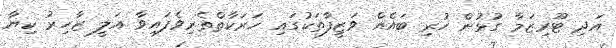
އަދި ޓޫރިޒަމާ ގުޅުން ހުރި ބައެއް ވަޒީފާތަކުގައި ހަރަކާތްތެރިވެފައިވާ އަލީ ޒާހިރު ކިޔާ